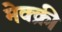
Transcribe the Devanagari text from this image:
मेक्क्री